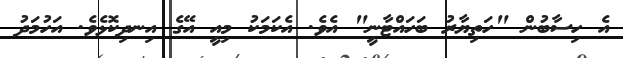
އެ ހިސާބުން "ހަތިޔާރު ބަހައްޓާނީ" އެވެ. އެކަމަކު މިއީ އޭގެ އިނދިކޮޅެވެ. އަހުމަދު